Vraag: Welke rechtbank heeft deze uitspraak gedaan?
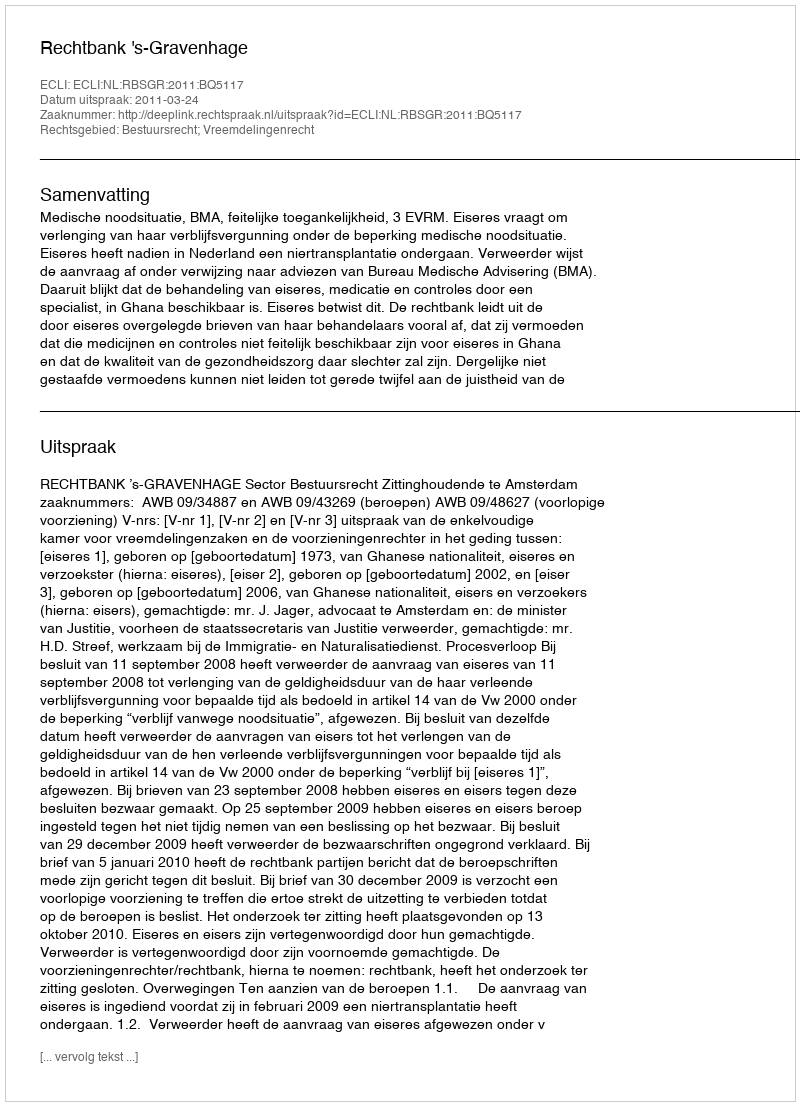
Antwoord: Rechtbank 's-Gravenhage